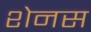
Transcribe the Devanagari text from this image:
शेनस